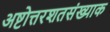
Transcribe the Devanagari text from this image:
अष्टोत्तरशतसंख्याक